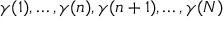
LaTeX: \gamma ( 1 ) , \ldots , \gamma ( n ) , \gamma ( n + 1 ) , \ldots , \gamma ( N )